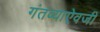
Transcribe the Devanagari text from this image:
गंतव्याऐवजी